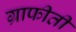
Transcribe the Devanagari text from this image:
ग्राफीती